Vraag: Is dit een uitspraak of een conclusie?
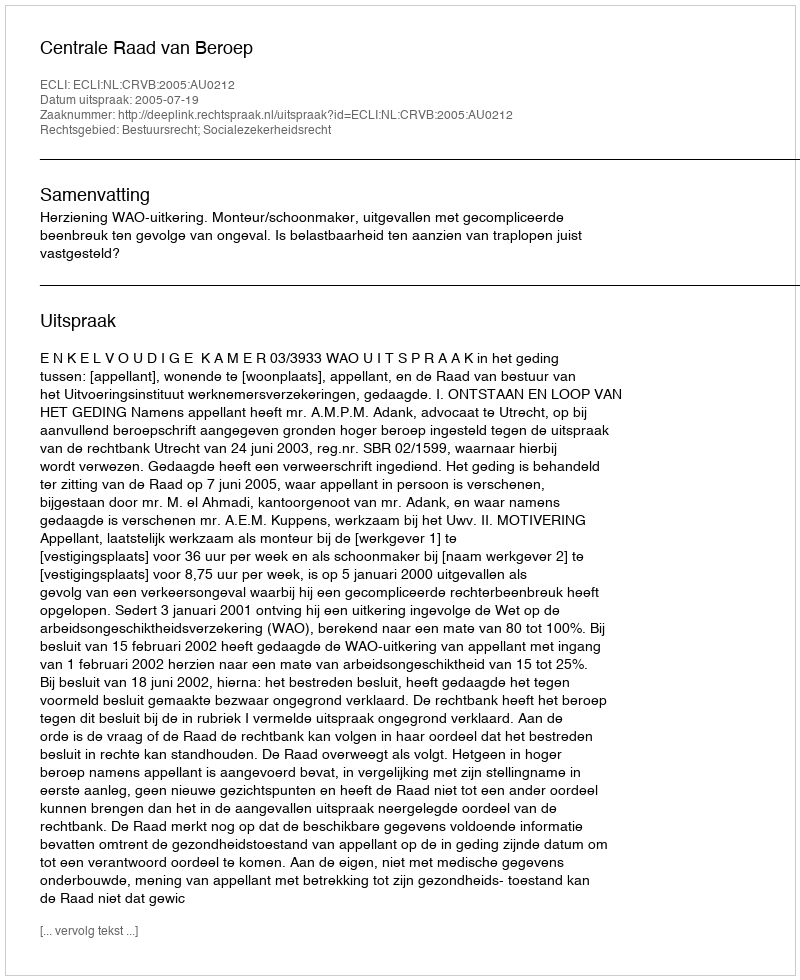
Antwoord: Uitspraak